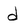
Character: d